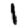
Digit: 1